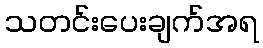
သတင်းပေးချက်အရ